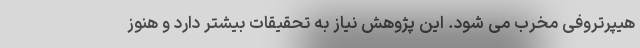
هیپرتروفی مخرب می شود. این پژوهش نیاز به تحقیقات بیشتر دارد و هنوز